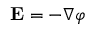
{ \bf E } = - \nabla \varphi